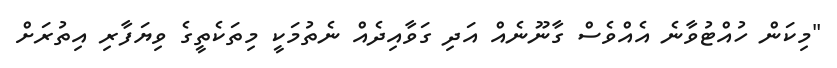
"މިކަން ހުއްޓުވާނެ އެއްވެސް ގާނޫނެއް އަދި ގަވާއިދެއް ނެތުމަކީ މިތަކެތީގެ ވިޔަފާރި އިތުރަށް